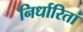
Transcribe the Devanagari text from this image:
निर्धारितां